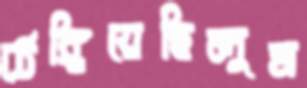
ঠেঙ্গিয়েছিলুম